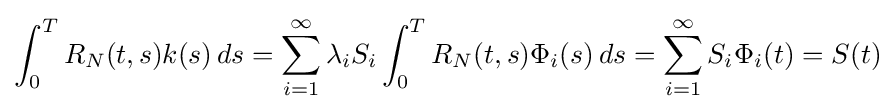
\int _{0}^{T}R_{N}(t,s)k(s)\,ds=\sum _{i=1}^{\infty }\lambda _{i}S_{i}\int _{0}^{T}R_{N}(t,s)\Phi _{i}(s)\,ds=\sum _{i=1}^{\infty }S_{i}\Phi _{i}(t)=S(t)